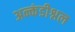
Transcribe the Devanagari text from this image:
अन्कंडीश्नल